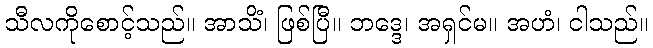
သီလကိုစောင့်သည်။ အာသိံ၊ ဖြစ်ပြီ။ ဘဒ္ဒေ၊ အရှင်မ။ အဟံ၊ ငါသည်။